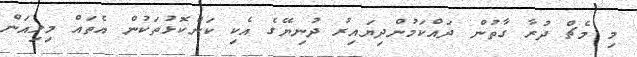
މި މެޗް ދުރާ ގާތުން ދައްކަމުންދިޔައިރު ދުނިޔޭގެ އެކި ކަންކޮޅުތަކުން އެތައް މިލިއަން